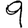
Digit: 9